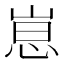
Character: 𫶃